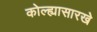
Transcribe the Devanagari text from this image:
कोल्ह्यासारखे